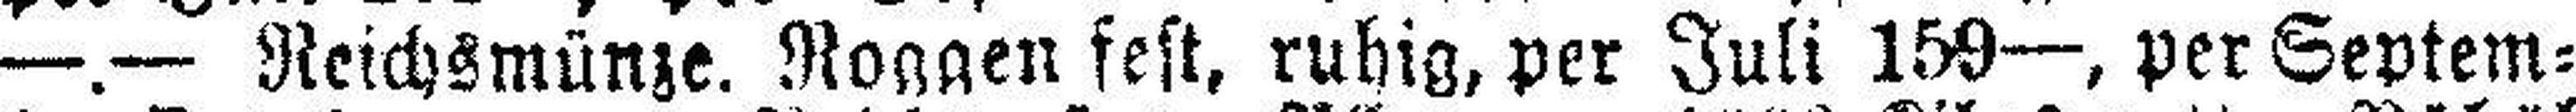
—.— Reichsmünze. Roggen fest, ruhig, per Juli 159—, per Septem¬